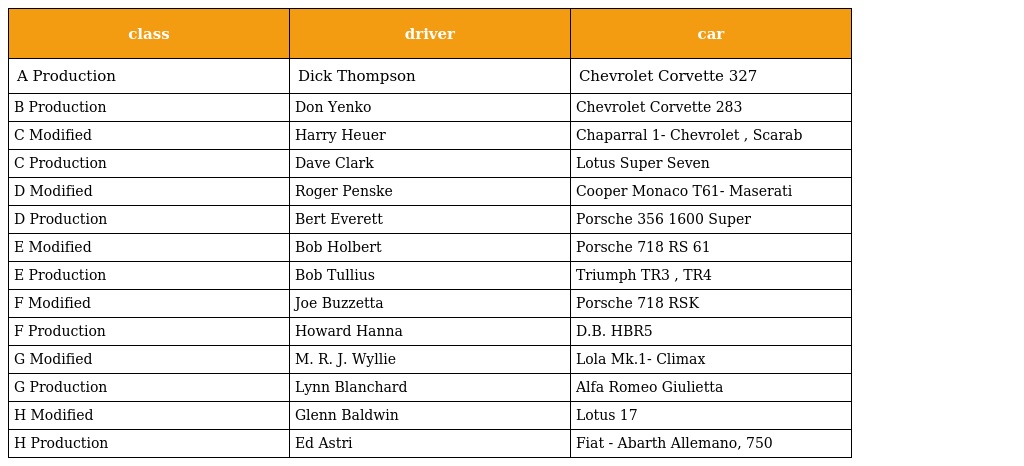
| class | driver | car |
 | --- | --- | --- |
 | A Production | Dick Thompson | Chevrolet Corvette 327 |
 | B Production | Don Yenko | Chevrolet Corvette 283 |
 | C Modified | Harry Heuer | Chaparral 1- Chevrolet , Scarab |
 | C Production | Dave Clark | Lotus Super Seven |
 | D Modified | Roger Penske | Cooper Monaco T61- Maserati |
 | D Production | Bert Everett | Porsche 356 1600 Super |
 | E Modified | Bob Holbert | Porsche 718 RS 61 |
 | E Production | Bob Tullius | Triumph TR3 , TR4 |
 | F Modified | Joe Buzzetta | Porsche 718 RSK |
 | F Production | Howard Hanna | D.B. HBR5 |
 | G Modified | M. R. J. Wyllie | Lola Mk.1- Climax |
 | G Production | Lynn Blanchard | Alfa Romeo Giulietta |
 | H Modified | Glenn Baldwin | Lotus 17 |
 | H Production | Ed Astri | Fiat - Abarth Allemano, 750 |